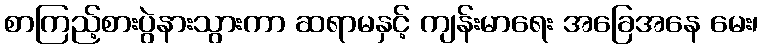
စာကြည့်စားပွဲနားသွားကာ ဆရာမနှင့် ကျန်းမာရေး အခြေအနေ မေး၊